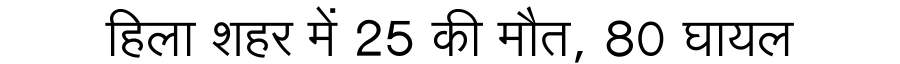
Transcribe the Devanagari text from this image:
हिला शहर में 25 की मौत, 80 घायल